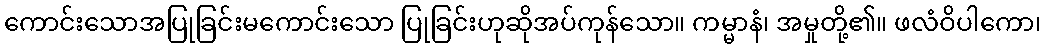
ကောင်းသောအပြုခြင်းမကောင်းသော ပြုခြင်းဟုဆိုအပ်ကုန်သော။ ကမ္မာနံ၊ အမှုတို့၏။ ဖလံဝိပါကော၊